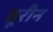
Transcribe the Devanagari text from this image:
तूरीन